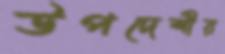
উপদেশীয়